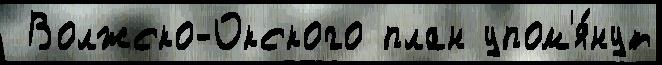
 Волжско-Окского план упом'я́нут